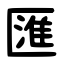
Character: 匯